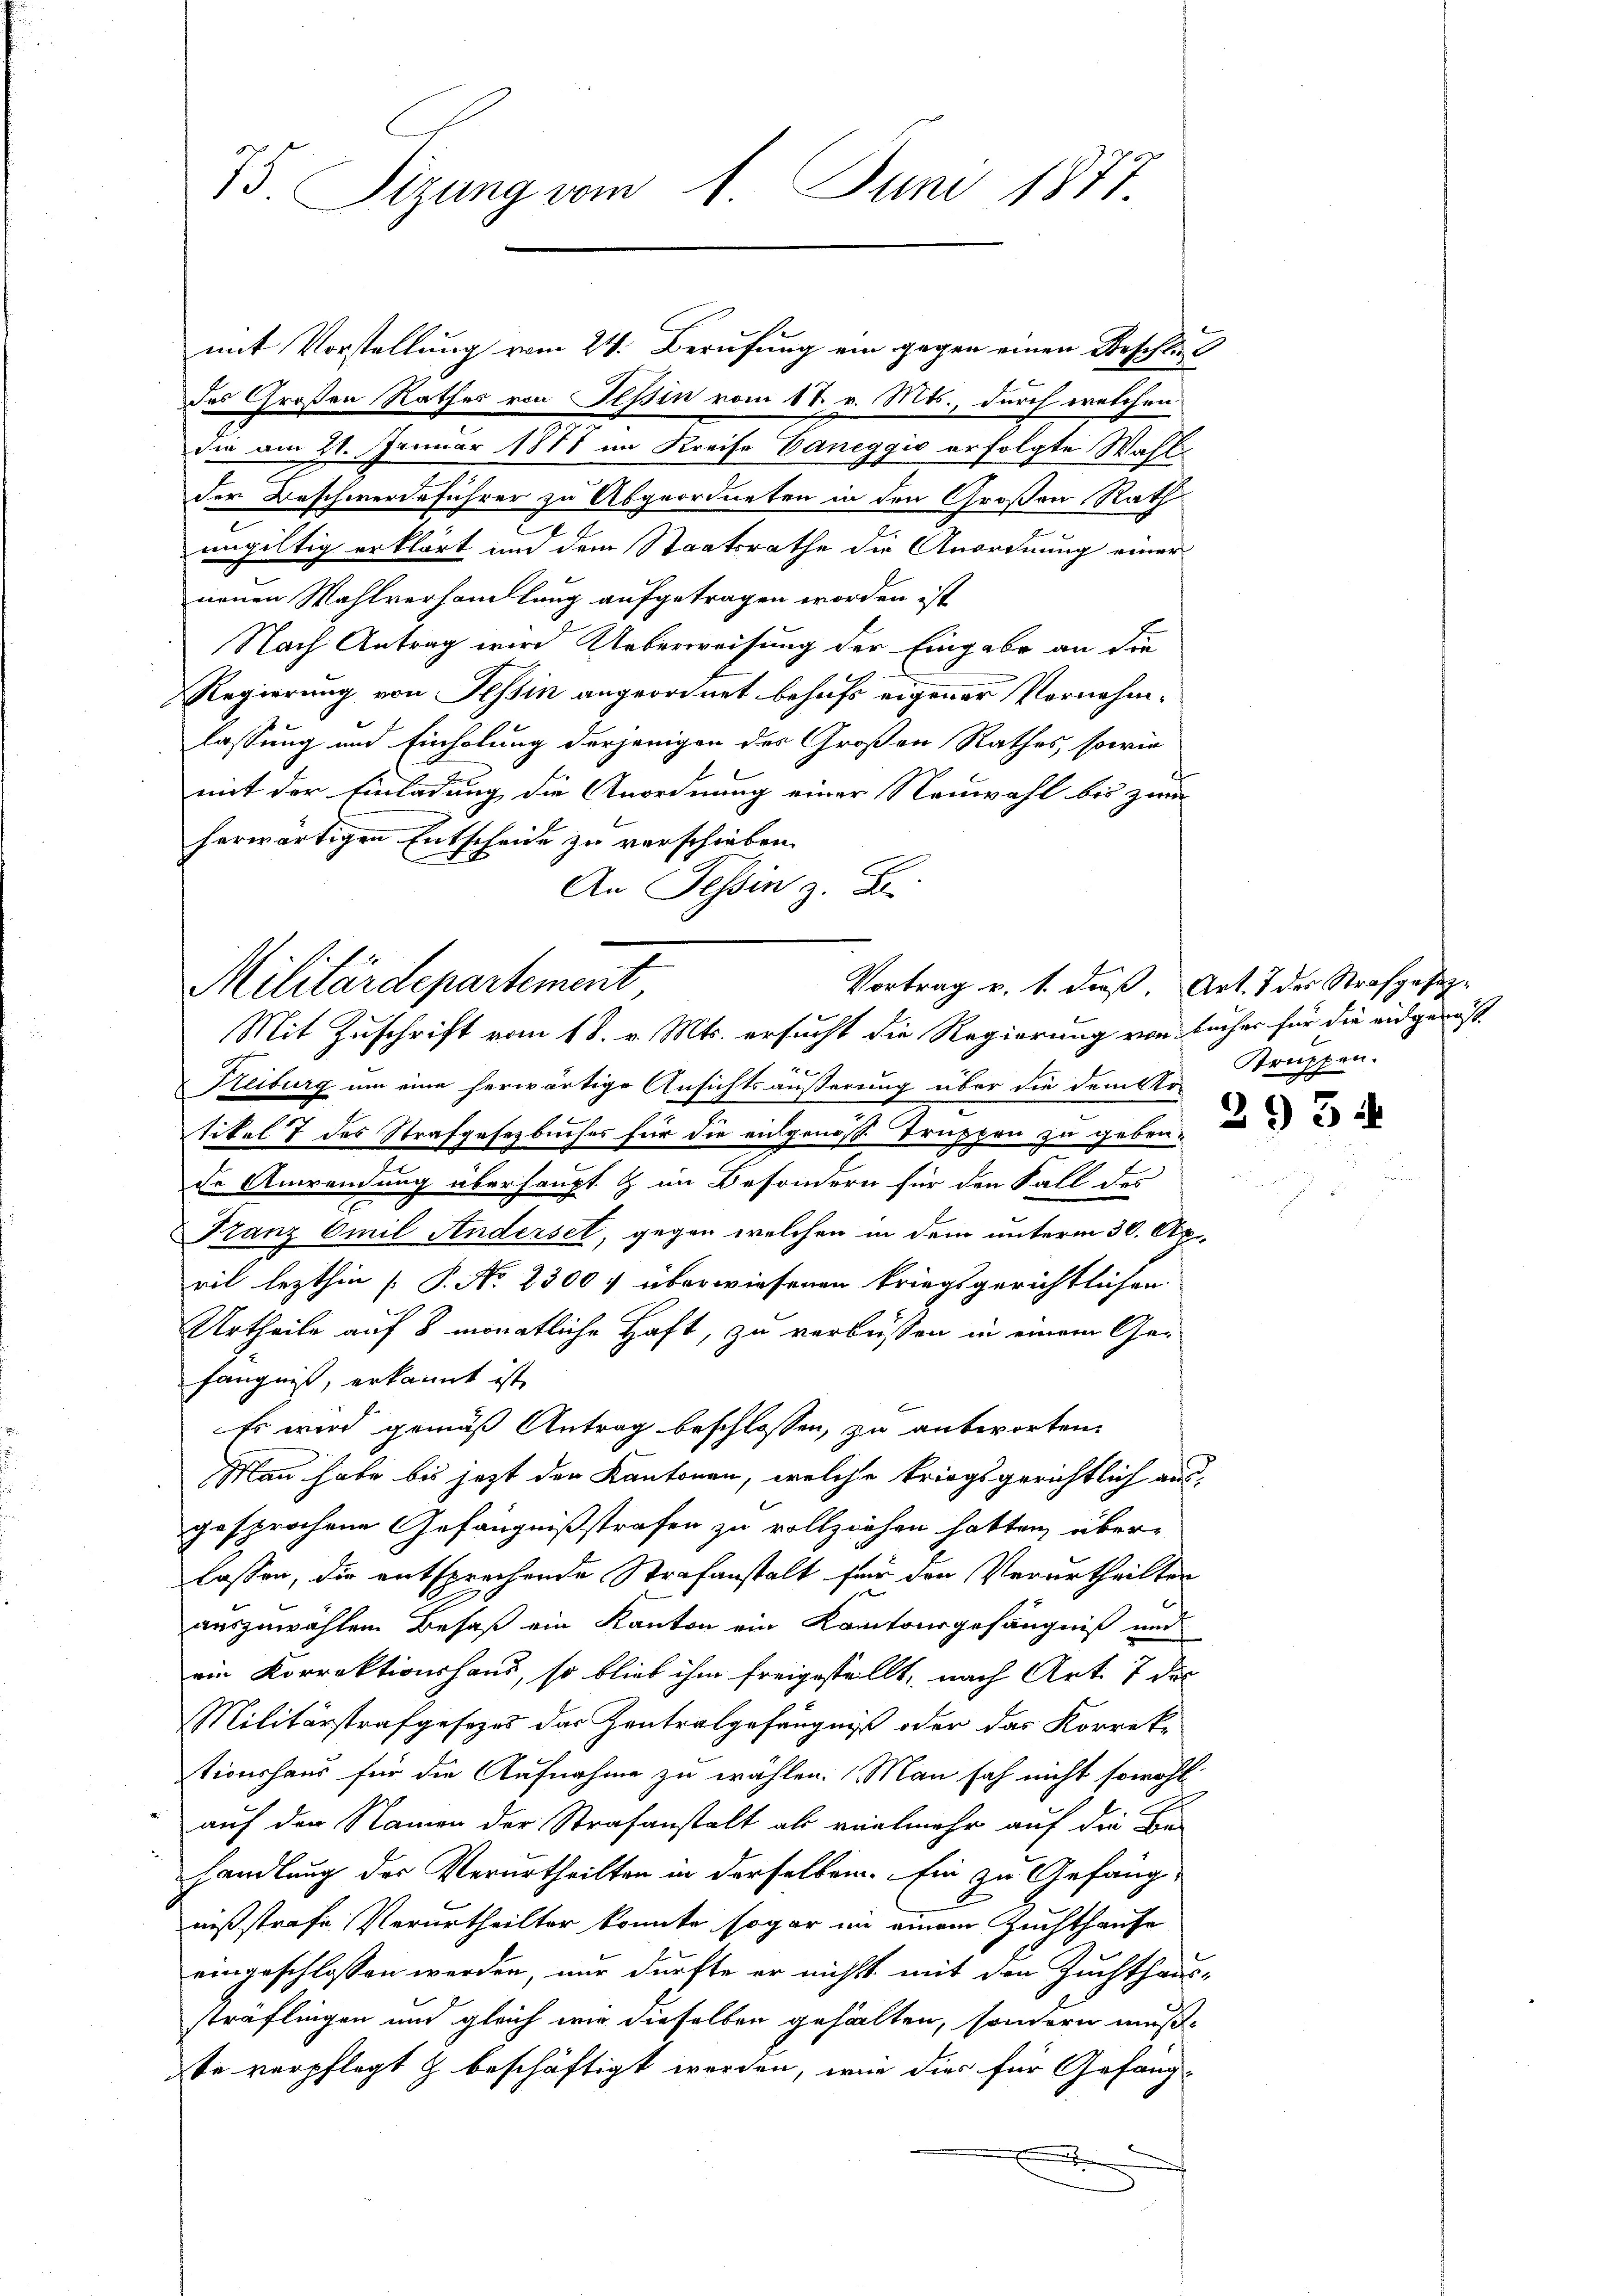
75 Sizung vom 1. Juni 1877.

mit Vorstellung vom 24. Berufung ein gegen einen Beschle
C
des Großen Rathes von Tessin vom 18. v. Mts., durch welchen
die am 21. Januar 1877 im Kreise Daneggio erfolgte Wahl
der Beschwerdeführer zu Abgeordneten in den Großen Rath
e
ungültig erklärt um dem Staatsrathe die Anordnung einer
neuen Wahlverhandlung aufgetragen worden ist,
Nach Antrag wird Ueberweisung der Eingabe an die
Regierung von Tessin angeordnet behufs eigener Vornehmlassung und Einholung derjenigen des Großen Rathes, sowie
mit der Einladung die Anordnung einer Neuwahl bis zum
herwärtigen Entscheide zu verschieben.
An Tessin z. B.

4
Heiburg um eine herwärtige Ansichtsäußerung über die dem Ur-
tikel 7 des Strafgesetzbuches für die entgenosse Truppen zu geben.
de Anwendung überhaupt & im Besondern für den Fall des
Franz Emil Anderset, gegen welchen in dem unterm 30. Ap
rit lezthin [P. No 2300 f überwiesenen kriegsgerichtlichen
Urtheile auf 8 monatliche Haft, zu verbüssen in einem Ge-
fängniß, erkannt ist
Es wird gemäß Antrag beschlossen, zu antworten.
Man habe bis jetzt der Kantonen, welche kriegsgerichtlich aus-
gesprochene Gefängnißstrafen zu vollziehen hatten, über-
lassen, die entsprechende Strafanstalt für den Verurtheilten
auszuwählen Besaß ein Kanton ein Kantonsgefängniß und
ein Korrektionshand, so blieb ihm freigestellt, nach Art. 7 des
Militärstrafgesezes das Zentralgefängniß oder das Korrek-
stionshaus für die Aufnahme zu wählen. Man sah nicht sowohl
auf der Namen der Strafanstalt als vielmehr auf die Be-
handlung der Verurtheilten in derselben. Ein zu Gefängnißstrafe Verurtheilter konnte sogar in einem Zuchthause
eingeschlossen werden, nur dürfte er nichts mit den Zuchthaus-
sträflingen und gleich wie dieselben gehalten, sondern mußte verpflegt & beschäftigt werden, wie dies für Gefäng-
d

Militärdepartement
Mit Zuschrift vom 18. v. Mts. ersucht die Regierung von Bücher für die eidgenös-

Vortrag v. 1. dieß. Art. 1 des Strafgesetz-

Struppen.
2934